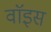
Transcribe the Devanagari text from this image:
वाॅइस